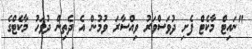
"ނައިޓް މާކެޓް ފެށި ދުވަސްވަރު ވިއްސާރަ ވުމުން އެ ދެތިން ދުވަހު މާކެޓްގެ